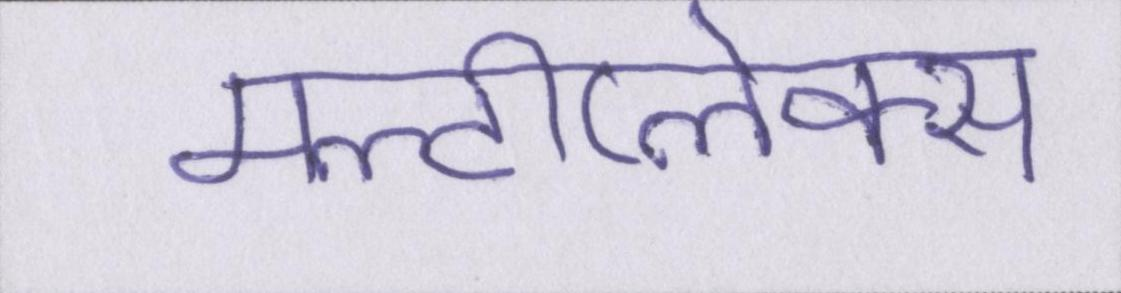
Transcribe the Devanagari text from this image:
मल्टीप्लेक्स